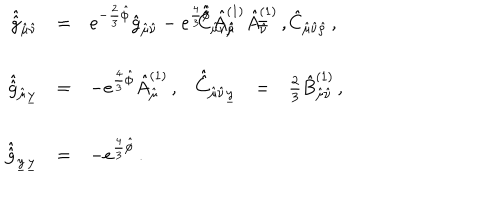
\begin{array} { r c l r c l } { { \hat { \hat { g } } _ { \hat { \mu } \hat { \nu } } } } & { { = } } & { { e ^ { - \frac { 2 } { 3 } \hat { \phi } } \hat { g } _ { \hat { \mu } \hat { \nu } } - e ^ { \frac { 4 } { 3 } \hat { \phi } } \hat { A } _ { \hat { \mu } } ^ { ( 1 ) } \hat { A } _ { \hat { \nu } } ^ { ( 1 ) } \, , \hspace { 1 c m } } } & { { \hat { \hat { C } } _ { \hat { \mu } \hat { \nu } \hat { \rho } } } } & { { = } } & { { \hat { C } _ { \hat { \mu } \hat { \nu } \hat { \rho } } \, , } } \\ { { } } & { { } } & { { } } & { { } } & { { } } & { { } } \\ { { \hat { \hat { g } } _ { \hat { \mu } \underline { { { y } } } } } } & { { = } } & { { - e ^ { \frac { 4 } { 3 } \hat { \phi } } \hat { A } _ { \hat { \mu } } ^ { ( 1 ) } \, , } } & { { \hat { \hat { C } } _ { \hat { \mu } \hat { \nu } \underline { { { y } } } } } } & { { = } } & { { \frac { 2 } { 3 } \hat { B } _ { \hat { \mu } \hat { \nu } } ^ { ( 1 ) } \, , } } \\ { { } } & { { } } & { { } } & { { } } & { { } } & { { } } \\ { { \hat { \hat { g } } _ { \underline { { { y } } } \underline { { { y } } } } } } & { { = } } & { { - e ^ { \frac { 4 } { 3 } \hat { \phi } } \, . } } & { { } } & { { } } & { { } } \\ \end{array}